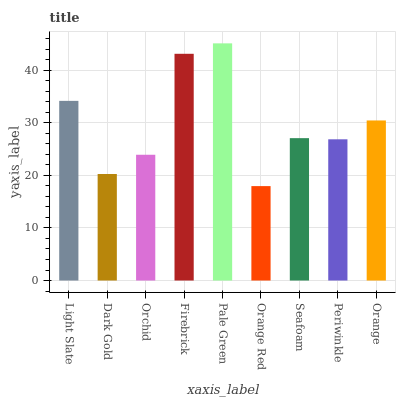
| xaxis_label | bars |
 | --- | --- |
 | Light Slate | 34.2 |
 | Dark Gold | 20.3 |
 | Orchid | 23.9 |
 | Firebrick | 43.1 |
 | Pale Green | 45.1 |
 | Orange Red | 18 |
 | Seafoam | 27.1 |
 | Periwinkle | 26.9 |
 | Orange | 30.4 |